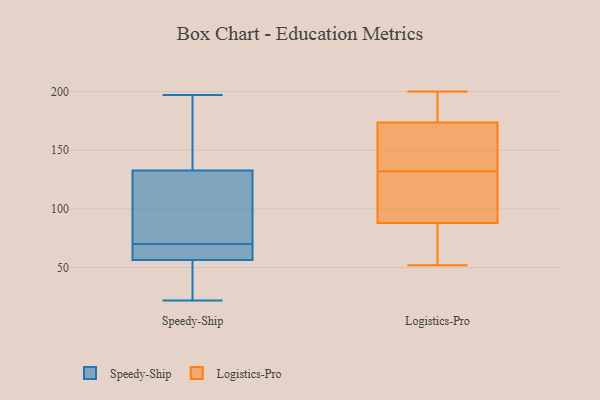
{"axis": {"x": "Customer Acquisition Cost (USD)", "y": "Value"}, "legend": ["Logistics-Pro", "Speedy-Ship"], "data": [{"x": "", "y": 70, "type": "Speedy-Ship"}, {"x": "", "y": 118, "type": "Speedy-Ship"}, {"x": "", "y": 197, "type": "Speedy-Ship"}, {"x": "", "y": 70, "type": "Speedy-Ship"}, {"x": "", "y": 130, "type": "Speedy-Ship"}, {"x": "", "y": 22, "type": "Speedy-Ship"}, {"x": "", "y": 146, "type": "Speedy-Ship"}, {"x": "", "y": 40, "type": "Speedy-Ship"}, {"x": "", "y": 62, "type": "Speedy-Ship"}, {"x": "", "y": 39, "type": "Speedy-Ship"}, {"x": "", "y": 141, "type": "Speedy-Ship"}, {"x": "", "y": 63, "type": "Speedy-Ship"}, {"x": "", "y": 71, "type": "Speedy-Ship"}, {"x": "", "y": 122, "type": "Logistics-Pro"}, {"x": "", "y": 79, "type": "Logistics-Pro"}, {"x": "", "y": 155, "type": "Logistics-Pro"}, {"x": "", "y": 115, "type": "Logistics-Pro"}, {"x": "", "y": 200, "type": "Logistics-Pro"}, {"x": "", "y": 198, "type": "Logistics-Pro"}, {"x": "", "y": 56, "type": "Logistics-Pro"}, {"x": "", "y": 178, "type": "Logistics-Pro"}, {"x": "", "y": 55, "type": "Logistics-Pro"}, {"x": "", "y": 127, "type": "Logistics-Pro"}, {"x": "", "y": 181, "type": "Logistics-Pro"}, {"x": "", "y": 137, "type": "Logistics-Pro"}, {"x": "", "y": 132, "type": "Logistics-Pro"}, {"x": "", "y": 161, "type": "Logistics-Pro"}, {"x": "", "y": 52, "type": "Logistics-Pro"}]}